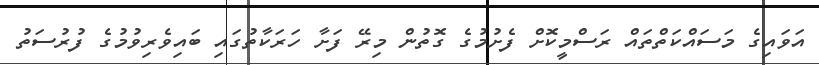
އަވައިގެ މަސައްކަތްތައް ރަސްމީކޮށް ފެށުމުގެ ގޮތުން މިރޭ ފަށާ ހަރަކާތުގައި ބައިވެރިވުމުގެ ފުރުސަތު